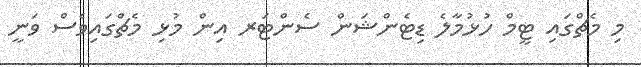
މި މެޗްގައި ޓީމް ހުޅުމާލެ ޑިޓެންޝަން ސެންޓަރ އިން މުޅި މެޗްގައިވެސް ވަނީ